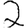
Digit: 2